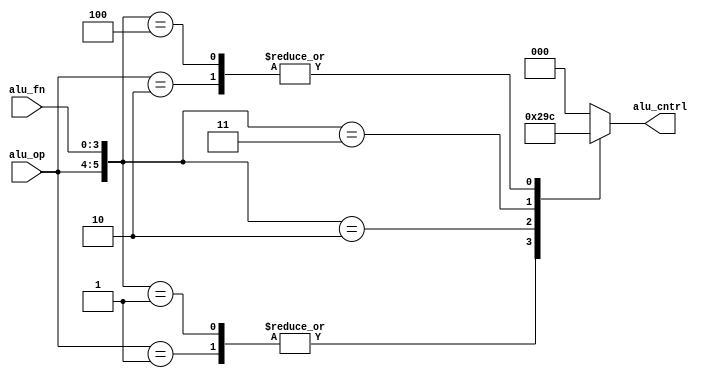
module alu_control(alu_op,alu_fn,alu_cntrl);

	input [1:0] alu_op;
	input [3:0] alu_fn;
	output reg [2:0] alu_cntrl;

	wire [5:0] alu_cntrl_in;

	assign alu_cntrl_in={alu_op,alu_fn};

	always@(alu_cntrl_in)
	begin
	casex(alu_cntrl_in)
		6'b01xxxx: alu_cntrl=3'b001;
		6'b10xxxx: alu_cntrl=3'b100;
		6'b11xxxx: alu_cntrl=3'b000;
		6'b000000: alu_cntrl=3'b000;
		6'b000001: alu_cntrl=3'b001;
		6'b000010: alu_cntrl=3'b010;
		6'b000011: alu_cntrl=3'b011;
		6'b000100: alu_cntrl=3'b100;
	default: alu_cntrl=3'b000;
	endcase
	end

endmodule